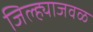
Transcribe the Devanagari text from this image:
जिल्ह्याजवळ